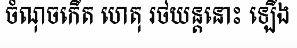
ចំណុចកើត ហេតុ រថយន្តនោះ ឡើង